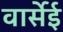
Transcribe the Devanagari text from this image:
वार्सेई